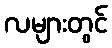
လများတွင်